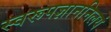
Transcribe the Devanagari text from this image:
स्वरूपज्ञाननिलयं